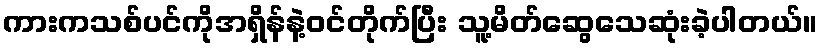
ကားကသစ်ပင်ကိုအရှိန်နဲ့ဝင်တိုက်ပြီး သူ့မိတ်ဆွေသေဆုံးခဲ့ပါတယ်။